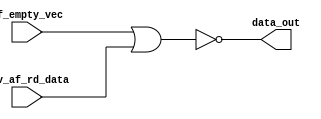
/*
 ###############################################################################
 # Copyright (c) 2011 - by Cisco Systems Inc.
 # All rights reserved.
 #
 # Author     : Derived from Wei-Jen's nor2 gate instantiation
 # Owner      : Hsitung Huang (ctung@cisco.com)
 #
 # Description: The data_out have been qualified with !af_empty
 #
 ###############################################################################
 # $Id: vendor__nor2_gate.v,v 1.1 2014/06/25 10:50:48 pmadhuna Exp $
 # $Author: pmadhuna $
 # $Source: /nfs/nvbu/asic/repository/andiamo_vegas/f32/f32_ip/rtl/vendor__nor2_gate.v,v $
 # $Revision: 1.1 $$
 # $Date: 2014/06/25 10:50:48 $
 #
 # $Log: vendor__nor2_gate.v,v $
 # Revision 1.1  2014/06/25 10:50:48  pmadhuna
 # Initial release for memoir ip
 #
 # Revision 1.4  2012/02/15 20:51:07  chuang
 # fix // set_dont_touch { DONT_TOUCH_a4_nor2_b1_inst* }
 #
 # Revision 1.3  2012/02/15 15:07:43  chuang
 # add width input  [FIFO_WIDTH-1:0] af_empty_vec
 #
 # Revision 1.2  2011/11/13 17:32:09  ctung
 # Change to pure nor gate
 #
 # Revision 1.1  2011/11/12 22:27:40  ctung
 # data_out have been qualified with !af_emtpy
 #
 # $Endlog
 ###############################################################################
*/
// synopsys translate_off
`ifdef TCQ 
`else 
	`define TCQ #1 
`endif
// synopsys translate_on

module vendor__nor2_gate (
                   inv_af_rd_data,
                   af_empty_vec,
                   data_out
                   );
// synopsys template 
   
   parameter    FIFO_WIDTH = 1;       // Any integer larger than 0
   
   input [FIFO_WIDTH-1:0]  inv_af_rd_data; // af_rd_data is before qualifying with !af_empty

   input  [FIFO_WIDTH-1:0] af_empty_vec; // Async FIFO empty status on read clock domain

   output [FIFO_WIDTH-1:0] data_out;     // data_out is after qualifying with !af_empty

   //===========================================================
   // Start of Logic
   //===========================================================

   // The data_out is the af_rd_data qualified with !af_empty

`ifdef USE_VENDOR__NOR2_GATE

   // Use Wei-Jen's gate instantiation with set_dont_touch attribute
   // so that Synopsys will not re-synthesize the gates to cause glitches.

   // synopsys dc_script_begin
   // set_dont_touch { DONT_TOUCH_a4_nor2_b1_inst* }
   // synopsys dc_script_end

   a28_nor2_a2  DONT_TOUCH_a4_nor2_b1_inst [FIFO_WIDTH-1:0] 
     (.A        ( inv_af_rd_data ),
      .B        ( af_empty_vec   ),
      .Q        ( data_out       )
     );

`else

   // assign data_out = (~af_empty_vec) & af_rd_data;
   assign data_out = ~(af_empty_vec | inv_af_rd_data);

`endif

   
// synopsys dc_script_begin
// synopsys dc_script_end

endmodule

// Local Variables:
// verilog-auto-sense-defines-constant: t
// verilog-library-directories: (".")
// verilog-library-extensions: (".v")
// End: